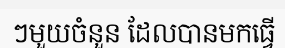
ៗមួយចំនួន ដែលបានមកធ្វើ